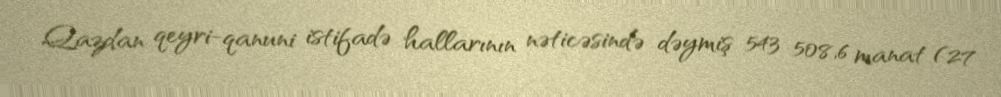
Qazdan qeyri-qanuni istifadə hallarının nəticəsində dəymiş 543 508,6 manat (27